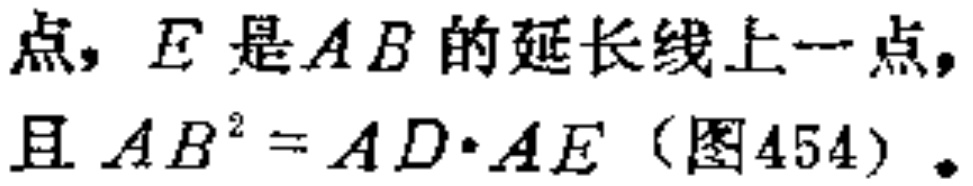
点，$E$是$AB$的延长线上一点，且$AB^{2}=AD\cdot AE$（图454）.